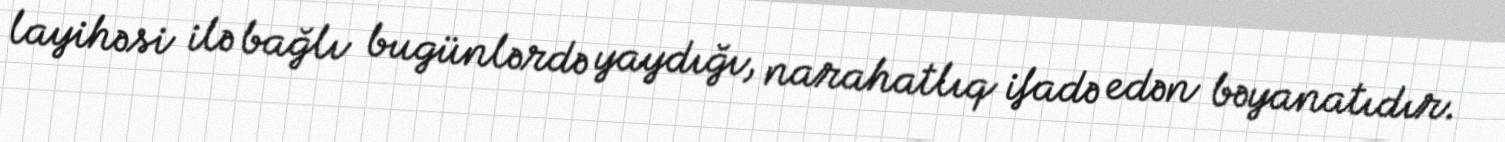
layihəsi ilə bağlı bugünlərdə yaydığı, narahatlıq ifadə edən bəyanatıdır.